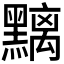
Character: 𪒔